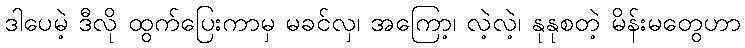
ဒါပေမဲ့ ဒီလို ထွက်ပြေးကာမှ မခင်လှ၊ အကြော့၊ လဲ့လဲ့၊ နုနုစတဲ့ မိန်းမတွေဟာ